Vaccine operations Central Provinces & Berar 1912-1920 - 1912-1920
Year: 1912
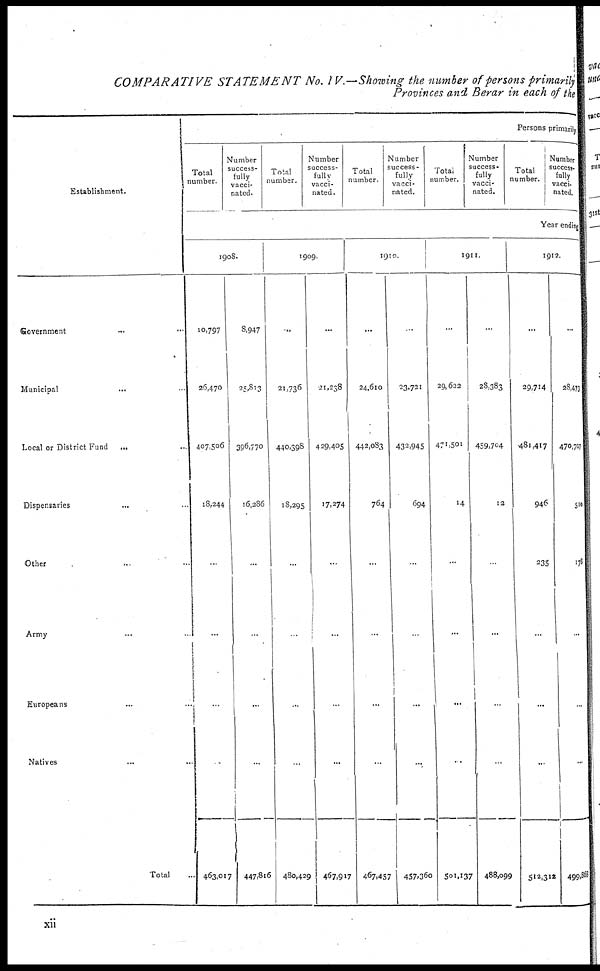
COMPARATIVE STATEMENT No. IV.—Showing the number of persons primarily
Provinces and Berar in each of the
Establishment.
Government ...
Municipal
...
Local or District Fund
...
Dispensaries ... ...
Other ... ...
Army ... ...
Europeans ... ...
Natives ... ...
Total ...
Persons primarily
Total
number.
Number
success-
fully
vacci-
nated.
Total
number.
Number
success-
fully
vacci-
nated.
Total
number.
Number
success-
fully
vacci-
nated.
Total
number.
Number
success¬
fully
vacci-
nated.
Total
number.
Number
success-
fully
vacci-
nated.
Year ending
1908.
10,797
26,470
407,506
18,244
...
...
...
...
463,017
8,947
25,813
396,770
16,286
...
...
...
...
447,816
1909.
...
21,736
440,398
18,295
...
...
...
...
480,429
...
21,238
429,405
17,274
...
...
...
...
467,917
1910.
...
24,610
442,083
764
...
...
...
...
467,457
...
23,721
432,945
694
...
...
...
...
457,360
1911.
...
29,622
471,501
14
...
...
...
...
501,137
...
28,383
459,704
12
...
...
...
...
488,099
1912.
...
29,714
481,417
946
235
...
...
...
512,312
...
28,473
470,707
510
178
...
...
...
499,868
xii